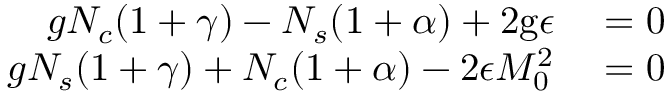
\begin{array} { r l } { g N _ { c } ( 1 + \gamma ) - N _ { s } ( 1 + \alpha ) + 2 \mathrm { g } \epsilon } & { { } = 0 } \\ { g N _ { s } ( 1 + \gamma ) + N _ { c } ( 1 + \alpha ) - 2 \epsilon M _ { 0 } ^ { 2 } } & { { } = 0 } \end{array}